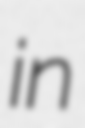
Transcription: in